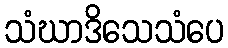
သံဃာဒိသေသံပေ